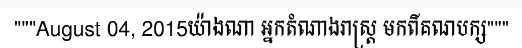
"""August 04, 2015យ៉ាងណា អ្នកតំណាងរាស្ត្រ មកពីគណបក្ស"""